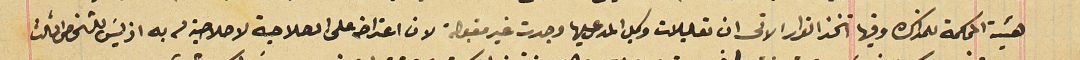
هيئة المحكمة للمذاكره وفيها اتخذ القرار الاتى ان تعليلات وكيل المدعى عليها وجدت غير مقبولة لان اعتراضه على الصلاحية لاصلاحية له به اذ ليسَ للشخص الثالث